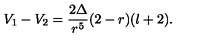
V _ { 1 } - V _ { 2 } = \frac { 2 \Delta } { r ^ { 5 } } ( 2 - r ) ( l + 2 ) .